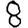
Digit: 8